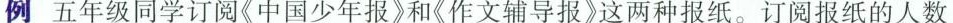
例五年级同学订阅《中国少年报》和《作文辅导报》这两种报纸。订阅报纸的人数